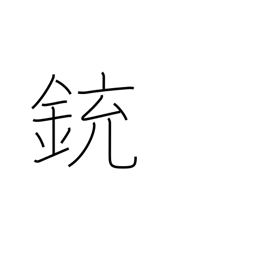
Meaning: gun